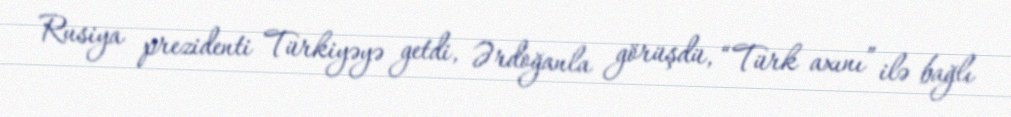
Rusiya prezidenti Türkiyəyə getdi, Ərdoğanla görüşdü, “Türk axını” ilə bağlı